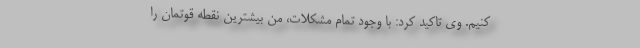
کنیم. وی تاکید کرد: با وجود تمام مشکلات، من بیشترین نقطه قوتمان را